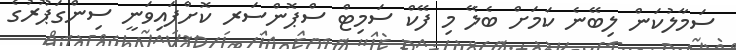
ސަމާލުކަން ލިބޭނެ ކަމަށް ބެލޭ މި ފޭކް ސަމިޓް ސްޕޮންސަރ ކޮށްފައިވަނީ ސިންގަޕޫރުގެ